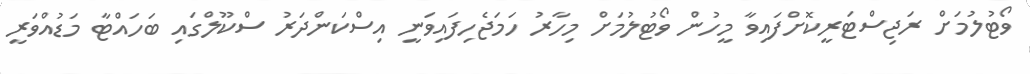
ވޯޓުލުމަށް ރަޖިސްޓަރީކޮށްފައިވާ މީހުން ވޯޓުލުމަށް މިހާރު ހަމަޖެހިފައިވަނީ އިސްކަންދަރު ސްކޫލްގައި ބަހައްޓާ މަޑުއްވަރީ